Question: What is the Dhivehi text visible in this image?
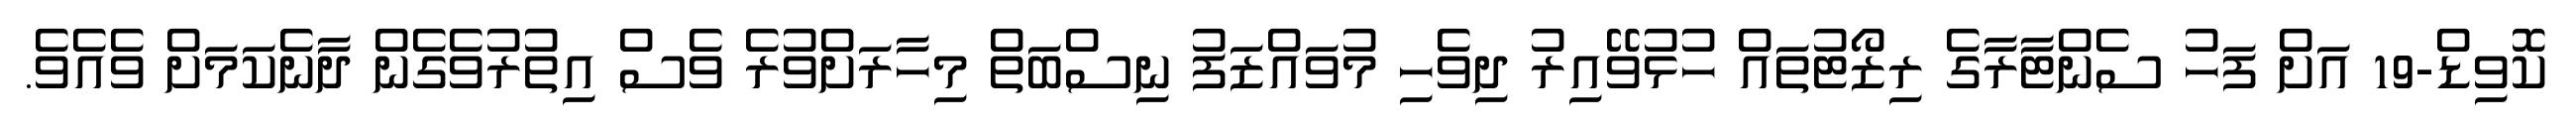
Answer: ކޮވިޑް-19 އަށް ފަހު ސެންޓާރާގެ ރިޒޯޓުތައް ހުޅުވޭއިރު ދިވެހި މުވައްޒަފު ނިސްބަތް މިހާރަށްވުރެ ވެސް އިތުރުވެގެން ދާނެކަމަށް ވެއެވެ.